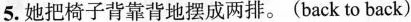
5.她把椅子背靠背地摆成两排。(back to back)